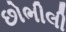
છોભીલી